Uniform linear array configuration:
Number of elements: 8
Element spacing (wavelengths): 0.25
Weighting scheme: cosine
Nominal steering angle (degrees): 60
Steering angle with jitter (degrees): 60.725
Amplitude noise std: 0.05
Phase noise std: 0.05

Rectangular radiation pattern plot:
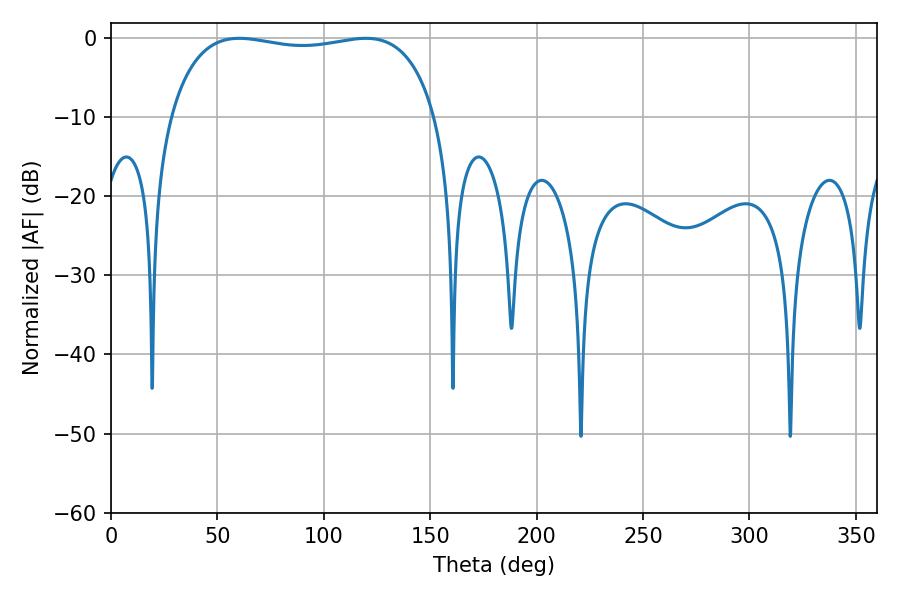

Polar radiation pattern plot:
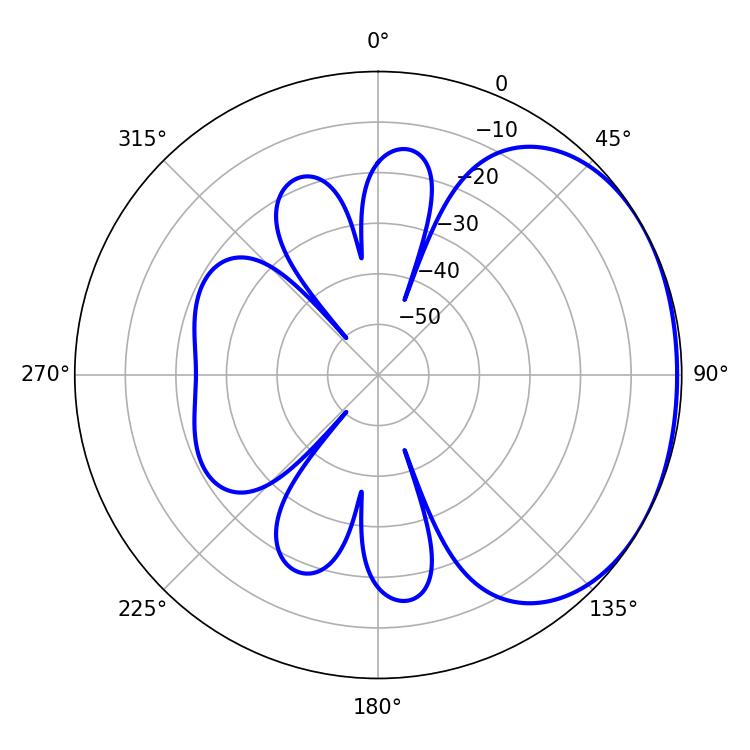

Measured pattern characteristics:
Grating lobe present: FALSE
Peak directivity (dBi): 1.507
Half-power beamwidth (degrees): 101.16
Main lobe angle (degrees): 60.3